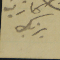
كاترين يزبك